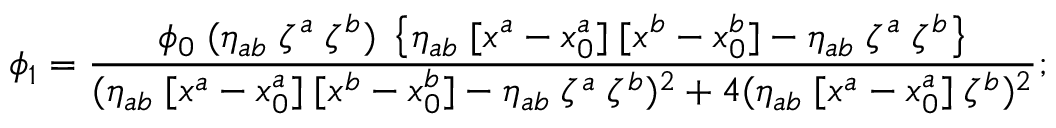
\phi _ { 1 } = { \frac { \phi _ { 0 } \; ( \eta _ { a b } \; \zeta ^ { a } \; \zeta ^ { b } ) \; \left\{ \eta _ { a b } \; [ x ^ { a } - x _ { 0 } ^ { a } ] \; [ x ^ { b } - x _ { 0 } ^ { b } ] - \eta _ { a b } \; \zeta ^ { a } \; \zeta ^ { b } \right\} } { ( \eta _ { a b } \; [ x ^ { a } - x _ { 0 } ^ { a } ] \; [ x ^ { b } - x _ { 0 } ^ { b } ] - \eta _ { a b } \; \zeta ^ { a } \; \zeta ^ { b } ) ^ { 2 } + 4 ( \eta _ { a b } \; [ x ^ { a } - x _ { 0 } ^ { a } ] \; \zeta ^ { b } ) ^ { 2 } } } ;